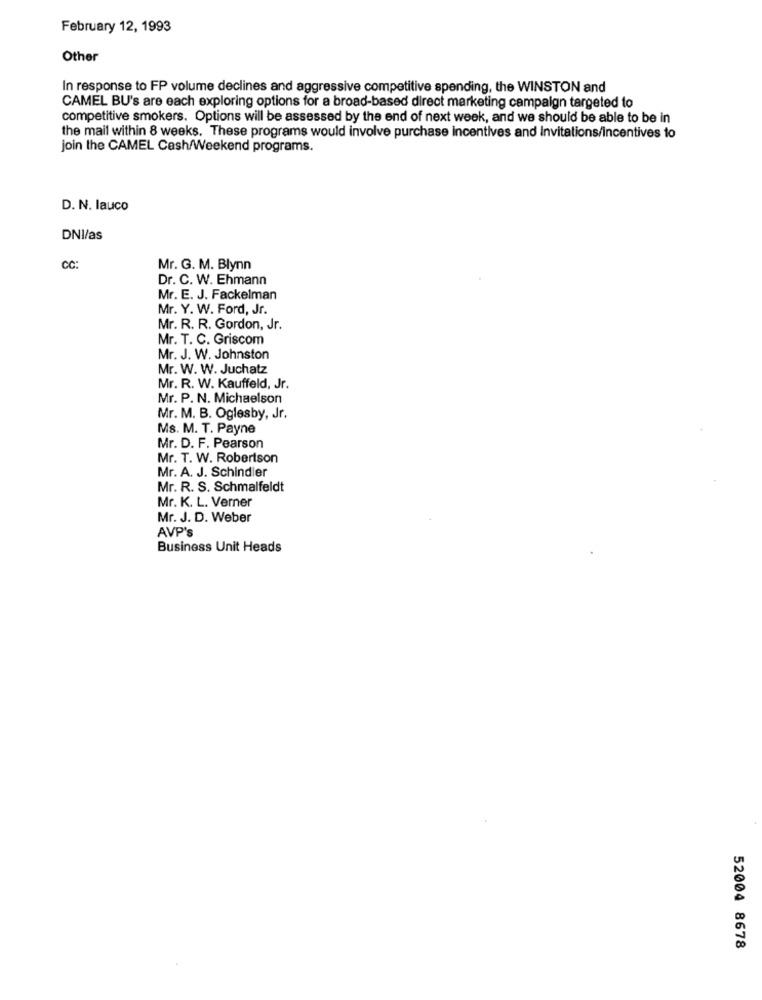
February 12, 1993
Other
In response to FP volume declines and aggressive competitive spending, the WINSTON and
CAMEL BU's are each exploring options for a broad-based direct marketing campaign targeted to
competitive smokers. Options will be assessed by the end of next week, and we should be able to be in
the mail within 8 weeks. These programs would involve purchase incentives and Invitations/Incentives to
join the CAMEL Cash/Weekend programs.
D. N. lauco
DNI/as
CC:
Mr. G. M. Blynn
Dr. C. W. Ehmann
Mr. E. J. Fackelman
Mr. Y. W. Ford, Jr.
Mr. R. R. Gordon, Jr.
Mr. T. C. Griscom
Mr. J. W. Johnston
Mr. W. W. Juchatz
Mr. R. W. Kauffeld, Jr.
Mr. P. N. Michaelson
Mr. M. B. Oglesby, Jr.
Ms. M. T. Payne
Mr. D. F. Pearson
Mr. T. W. Robertson
Mr. A. J. Schindler
Mr. R. S. Schmalfeldt
Mr. K. L. Verner
Mr. J. D. Weber
AVP's
Business Unit Heads
52004 8678